Source: Handwritten
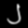
Digit: ၂ (2)